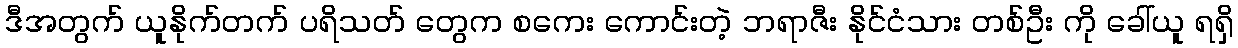
ဒီအတွက် ယူနိုက်တက် ပရိသတ် တွေက စကေး ကောင်းတဲ့ ဘရာဇီး နိုင်ငံသား တစ်ဦး ကို ခေါ်ယူ ရရှိ